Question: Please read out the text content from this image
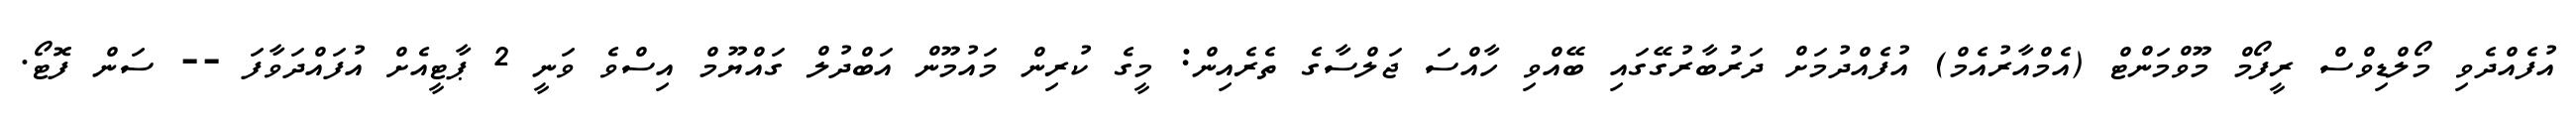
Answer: އުފެއްދެވި މޯލްޑިވްސް ރީފޯމް މޫވްމަންޓް (އެމްއާރުއެމް) އުފެއްދުމަށް ދަރުބާރުގޭގައި ބޭއްވި ހާއްސަ ޖަލްސާގެ ތެރެއިން: މީގެ ކުރިން މައުމޫން އަބްދުލް ގައްޔޫމް އިސްވެ ވަނީ 2 ޕާޓީއެށް އުފައްދަވާފަ -- ސަން ފޮޓޯ.